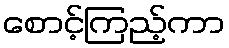
စောင့်ကြည့်ကာ